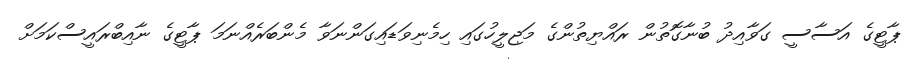
ޕާޓީގެ އަސާސީ ގަވާއިދު ބުނާގޮތުން ރައްޔިތުންގެ މަޖިލީހުގައި ހިމެނިވަޑައިގަންނަވާ މެންބަރެއްނަމަ ޕާޓީގެ ނާއިބްރައީސްކަމަށް